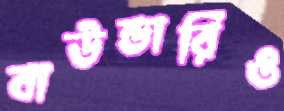
বাউন্ডারিও